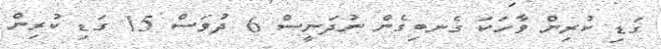
ގަޑި ކުރިން ވާހަކަ ގެނބިގެންް ނުދަނީސް 6 ދުވަސް 15 ގަޑި ކުރިން